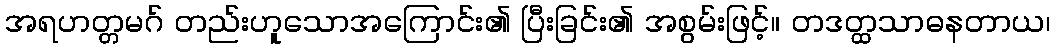
အရဟတ္တမဂ် တည်းဟူသောအကြောင်း၏ ပြီးခြင်း၏ အစွမ်းဖြင့်။ တဒတ္ထသာဓနတာယ၊